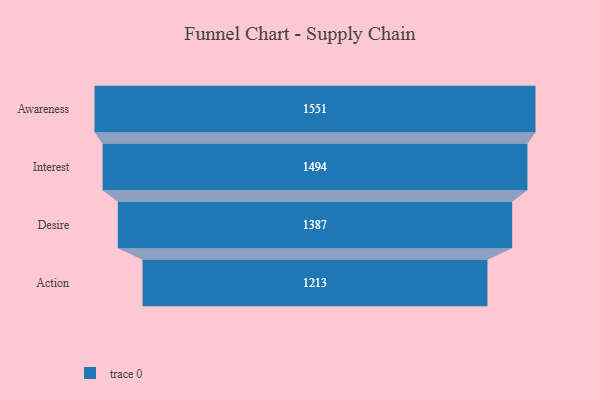
{"axis": {"x": "Stage", "y": "Value"}, "legend": [""], "data": [{"x": "Awareness", "y": 1551.0, "type": ""}, {"x": "Interest", "y": 1494.0, "type": ""}, {"x": "Desire", "y": 1387.0, "type": ""}, {"x": "Action", "y": 1213.0, "type": ""}]}